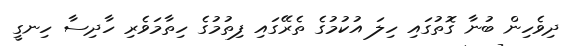
ދިވެހިން ބުނާ ގޮތުގައި ހިލަ އުކުމުގެ ތެރޭގައި ފިތުމުގެ ހިތާމަވެރި ހާދިސާ ހިނގީ